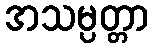
အသမ္ပတ္တာ